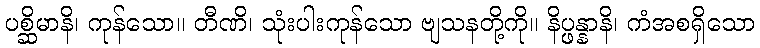
ပစ္ဆိမာနိ၊ ကုန်သော။ တီဏိ၊ သုံးပါးကုန်သော ဗျသနတို့ကို။ နိပ္ဖန္နာနိ၊ ကံအစရှိသော